Leaving Certificate Examination, 1921
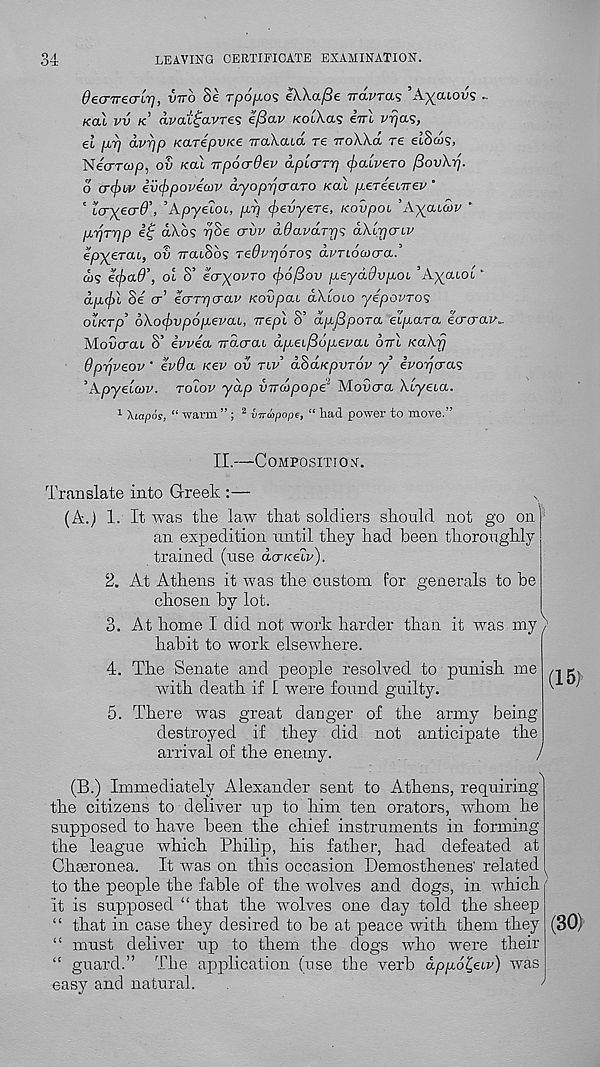
34
LEAVING CERTIFICATE EXAMINATION.
deanrecrlr], vtt'o Se Tpo/.io5 eWafie iravras ’A^atQL? ^
/cat vv /c’ avattjavTes e/3av /cotX.as eVt VTjas,
et [Ar] avrjp KtxTepvKe uaXcud re TroWd re elSd)?,
NecrTcop, ov /cat vpocrdev dpicrTp (paivero f3ov\rj.
d o’(j)tfP ivippovecov ayoppcraTo /cat p.£TeenTev “
' l<tx^o-6\ ’Apyetoi, /atj (frevyere, novpoi ’Ayatwy ’
p.ijrpp
dA.os i^Se crvv ddavarp’; d\.irjcnv
epyercu, ov TratSos Tedvrjoro? dfrioa/cra/
&/5 i(f>ad\ ot S’ ecryoPTO <f)6/3ov p,eyddvp,oi ’Ayutot ‘
dpi(j)l Se a’ e<TTpaav Kovpai akioio yepovTo<;
oiKTp’ 6\o(j)vp6pevai, vepl S’ apfipora et^aara ecrcrav*
Moucrat 8’ ivvea Trdcrcu dpeLfiopepou out KaXfj
dprjveov ' eV^a Kev ov tip’ dSdxpvTov y ivopcras
’Apyetftjf. rolov yap vncopope 2 Moucra Xtyeta.
1 Xiapos, “ warm” ; 2 {nrwpope, “ had power to move.”
II.—Composition.
Translate into Greek :—
(A.) 1. It was the law tliat soldiers should not go on
an expedition until they had been thoroughly
trained (use do-Kecp).
2. At Athens it was the custom for generals to be
chosen by lot.
3. At home I did not work harder than it was my /
habit to work elsewhere.
4. The Senate and people resolved to punish me
with death if L were found guilty.
5. There was great danger of the army being
destroyed if they did not anticipate the
arrival of the enemy.
/
(B.) Immediately Alexander sent to Athens, requiring
the citizens to deliver up to him ten orators, whom he
supposed to have been the chief instruments in forming
the league which Philip, his father, had defeated at
Chgeronea. It was on this occasion Demosthenes' related (
to the people the fable of the wolves and dogs, in which
it is supposed “ that the wolves one day told the sheep
“ that in case they desired to be at peace with them they
“ must deliver up to them the dogs who were their
“ guard.” The application (use the verb dpgo^etv) was
easy and natural.
^